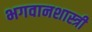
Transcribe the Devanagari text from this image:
भगवानशास्त्री